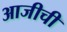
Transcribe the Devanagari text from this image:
आजीची